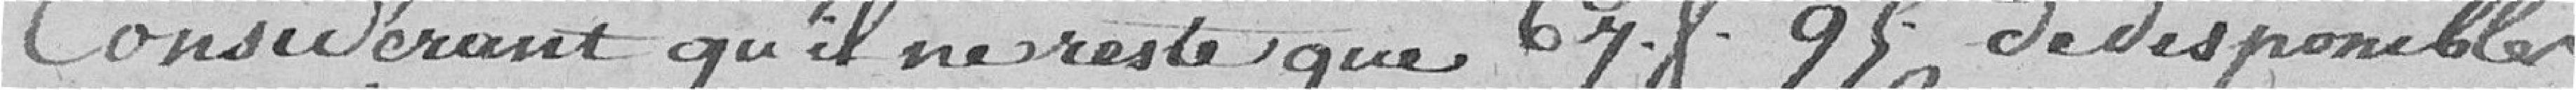
Considérant qu'il ne reste que 678,95 francs de disponibles